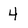
Character: 4